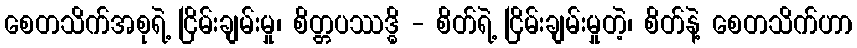
စေတသိက်အစုရဲ့ ငြိမ်းချမ်းမှု၊ စိတ္တပဿဒ္ဓိ - စိတ်ရဲ့ ငြိမ်းချမ်းမှုတဲ့၊ စိတ်နဲ့ စေတသိက်ဟာ